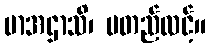
မာအဌာသိ၊ မတည်လင့်။